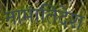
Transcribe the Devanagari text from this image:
नामातिदेश